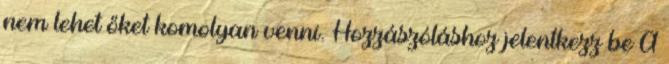
nem lehet őket komolyan venni. Hozzászóláshoz jelentkezz be A